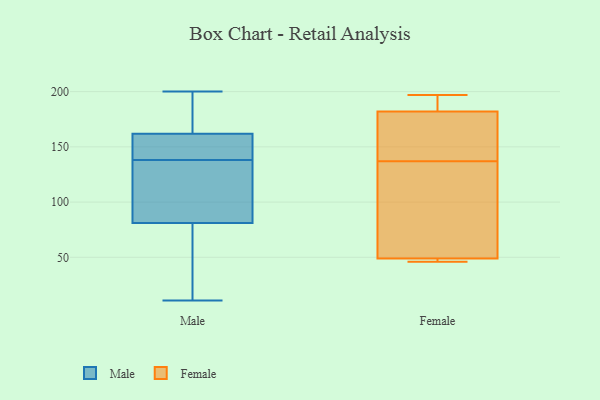
{"axis": {"x": "Demand Index", "y": "Value"}, "legend": ["Female", "Male"], "data": [{"x": "", "y": 11, "type": "Male"}, {"x": "", "y": 158, "type": "Male"}, {"x": "", "y": 120, "type": "Male"}, {"x": "", "y": 138, "type": "Male"}, {"x": "", "y": 164, "type": "Male"}, {"x": "", "y": 119, "type": "Male"}, {"x": "", "y": 30, "type": "Male"}, {"x": "", "y": 200, "type": "Male"}, {"x": "", "y": 177, "type": "Male"}, {"x": "", "y": 160, "type": "Male"}, {"x": "", "y": 155, "type": "Male"}, {"x": "", "y": 133, "type": "Male"}, {"x": "", "y": 187, "type": "Male"}, {"x": "", "y": 95, "type": "Male"}, {"x": "", "y": 39, "type": "Male"}, {"x": "", "y": 161, "type": "Male"}, {"x": "", "y": 31, "type": "Male"}, {"x": "", "y": 185, "type": "Female"}, {"x": "", "y": 129, "type": "Female"}, {"x": "", "y": 46, "type": "Female"}, {"x": "", "y": 145, "type": "Female"}, {"x": "", "y": 165, "type": "Female"}, {"x": "", "y": 46, "type": "Female"}, {"x": "", "y": 183, "type": "Female"}, {"x": "", "y": 46, "type": "Female"}, {"x": "", "y": 101, "type": "Female"}, {"x": "", "y": 105, "type": "Female"}, {"x": "", "y": 49, "type": "Female"}, {"x": "", "y": 197, "type": "Female"}, {"x": "", "y": 182, "type": "Female"}, {"x": "", "y": 176, "type": "Female"}]}